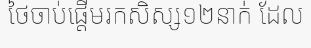
ថៃចាប់ផ្តើមរកសិស្ស១២នាក់ ដែល